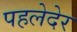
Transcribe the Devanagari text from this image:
पहलेदेर